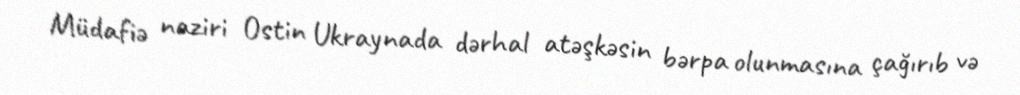
Müdafiə naziri Ostin Ukraynada dərhal atəşkəsin bərpa olunmasına çağırıb və